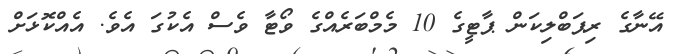
އޭނާގެ ރިޕަބްލިކަން ޕާޓީގެ 10 މެމްބަރެއްގެ ވޯޓާ ވެސް އެކުގަ އެވެ. އެއްކޮޅަށް